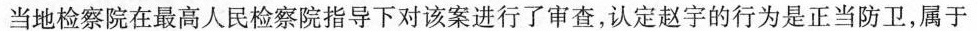
当地检察院在最高人民检察院指导下对该案进行了审查，认定赵宇的行为是正当防卫，属于